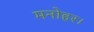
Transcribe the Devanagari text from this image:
मनोहर।